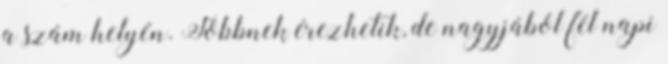
a szám helyén. Többnek érezhetik, de nagyjából fél napi